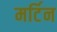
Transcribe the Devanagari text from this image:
मर्टिन